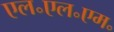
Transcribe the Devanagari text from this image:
एल॰एल॰एम॰